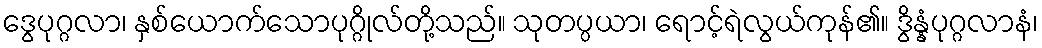
ဒွေပုဂ္ဂလာ၊ နှစ်ယောက်သောပုဂ္ဂိုလ်တို့သည်။ သုတပ္ပယာ၊ ရောင့်ရဲလွယ်ကုန်၏။ ဒွိန္နံပုဂ္ဂလာနံ၊